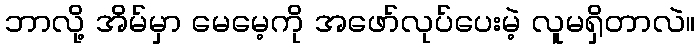
ဘာလို့ အိမ်မှာ မေမေ့ကို အဖော်လုပ်ပေးမဲ့ လူမရှိတာလဲ။